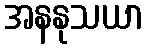
အနနုသယာ